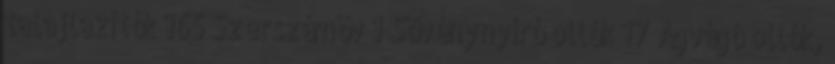
talajlazítók 165 Szerszámöv 1 Sövénynyíró ollók 17 Ágvágó ollók,